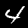
Label: 4